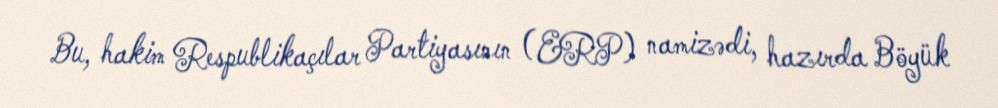
Bu, hakim Respublikaçılar Partiyasının (ERP) namizədi, hazırda Böyük